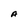
Character: A